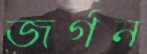
জর্গন